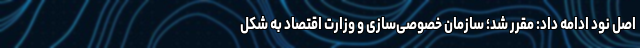
اصل نود ادامه داد: مقرر شد؛ سازمان خصوصی‌سازی و وزارت اقتصاد به شکل